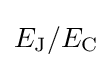
E_{\rm {J}}/E_{\rm {C}}